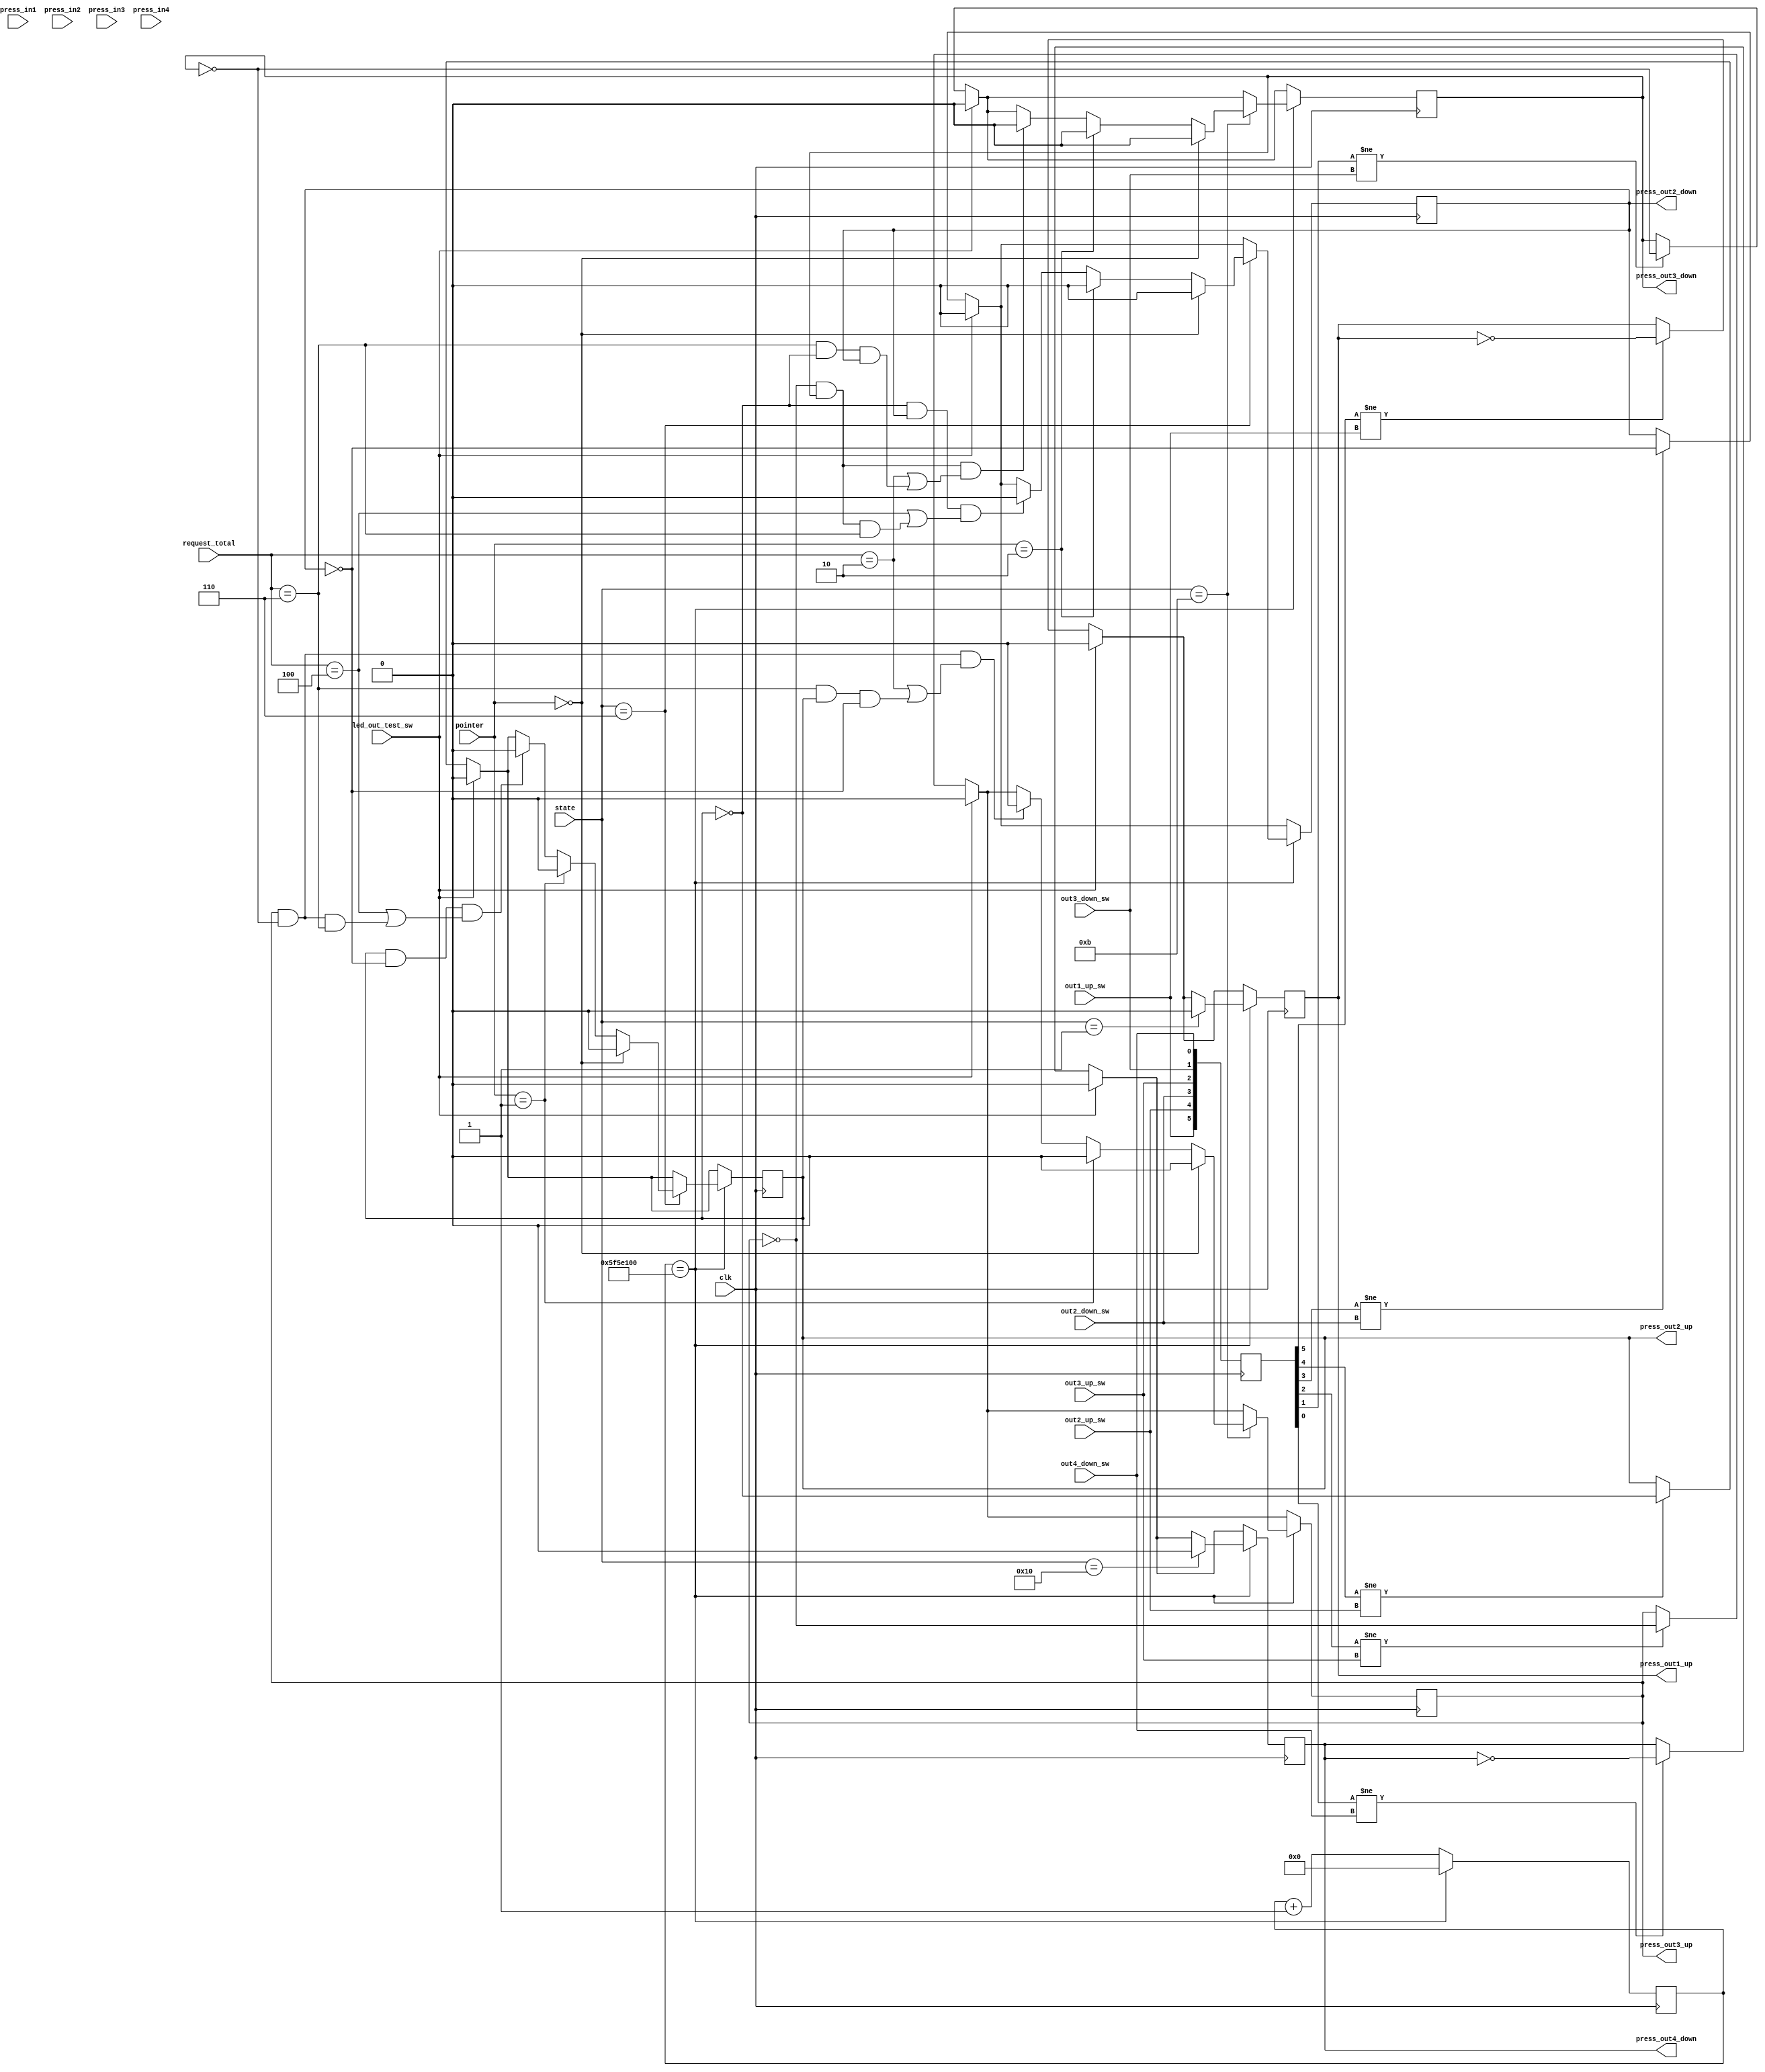
`timescale 1ns / 1ps
//////////////////////////////////////////////////////////////////////////////////
// Company: 
// Engineer: 
// 
// Design Name: 
// Module Name: out_btn
// Project Name: 
// Target Devices: 
// Tool Versions: 
// Description: 
// 
// Dependencies: 
// 
// Revision:
// Revision 0.01 - File Created
// Additional Comments:
// 
//////////////////////////////////////////////////////////////////////////////////


module out_btn(
	input wire clk,
	output reg press_out1_up = 0,
	output reg press_out2_up = 0,
	output reg press_out2_down = 0,
	output reg press_out3_up = 0,
	output reg press_out3_down = 0,
	output reg press_out4_down = 0,
	input wire out1_up_sw,
	input wire out2_up_sw,
	input wire out2_down_sw,
	input wire out3_up_sw,
	input wire out3_down_sw,
	input wire out4_down_sw,
	input wire led_out_test_sw,
	input wire[4:0] state,
	input wire[1:0]	pointer,
	input wire[3:0] request_total,
	input wire press_in1,
	input wire press_in2, 
	input wire press_in3, 
	input wire press_in4
    );
	
	reg[5:0] last_state = 6'b000000;	//1234
	
	parameter max=100000000; //2
	reg[30:0] n;
	
	always @(posedge clk)
	begin
		if(last_state[5] != out1_up_sw)
			press_out1_up <= ~press_out1_up;
		if(last_state[4] != out2_up_sw)
			press_out2_up <= ~press_out2_up;
		if(last_state[3] != out2_down_sw)
			press_out2_down <= ~press_out2_down;
		if(last_state[2] != out3_up_sw)
			press_out3_up <= ~press_out3_up;
		if(last_state[1] != out3_down_sw)
			press_out3_down <= ~press_out3_down;
		if(last_state[0] != out4_down_sw)
			press_out4_down <= ~press_out4_down;
			
		last_state <= {out1_up_sw,out2_up_sw,out2_down_sw,out3_up_sw,out3_down_sw,out4_down_sw};
		
		if(led_out_test_sw)
		begin
			press_out1_up <= 0;
			press_out2_up <= 0;
			press_out2_down <= 0;
			press_out3_up <= 0;
			press_out3_down <= 0;
			press_out4_down <= 0;
		end
		
		if(n == max)
		begin
			n <= 0;
			case(state)
			5'b00000://
				begin
					
				end
			5'b00001://1 1
				begin
					press_out1_up <= 0;
				end
			5'b00010://1 2
				begin
					
				end
			5'b00011://1 3
				begin
					
				end
			5'b00100://1 4
				begin
					
				end
			5'b00101://2 1
				begin
					
				end
			5'b00110://2 2
				begin
					if(press_out2_up == 0 && press_out2_down == 1 && (request_total == 4 ||
						(press_out3_up == 0 && press_out3_down == 1  && request_total == 6)))
						press_out2_down <= 0;
					if(press_out2_up == 1 && press_out2_down == 0 && (request_total == 4 ||
						(press_out3_up == 1 && press_out3_down == 0 && request_total == 6)))
						press_out2_up <= 0;
					if(pointer == 2'b10)
						press_out2_down <= 0;
					if(pointer == 2'b01)
						press_out2_up <= 0;
					if(pointer == 2'b00)
					begin
						press_out2_down <= 0;
						press_out2_up <= 0;
					end
				end
			5'b00111://2 3
				begin
					
				end
			5'b01000://2 4
				begin
					
				end
			5'b01001://3 1
				begin
					
				end
			5'b01010://3 2
				begin
					
				end
			5'b01011://3 3
				begin
					if(press_out3_up == 0 && press_out3_down == 1 && (request_total == 2 ||
						(request_total == 6 && press_out2_up == 0 && press_out2_down == 1)))
						press_out3_down <= 0;
					if(press_out3_up == 1 && press_out3_down == 0 && (request_total == 2 ||
						(request_total == 6 && press_out2_up == 1 && press_out2_down == 0)))
						press_out3_up <= 0;
					if(pointer == 2'b10)
						press_out3_down <= 0;
					if(pointer == 2'b01)
						press_out3_up <= 0;
					if(pointer == 2'b00)
					begin
						press_out3_down <= 0;
						press_out3_up <= 0;
					end
				end
			5'b01100://3 4
				begin
					
				end
			5'b01101://4 1
				begin
					
				end
			5'b01110://4 2
				begin
					
				end
			5'b01111://4 3
				begin
					
				end
			5'b10000://4 4
				begin
					press_out4_down <= 0;
				end
			endcase
		end
		else n <= n + 1;
	end
	
	
	
endmodule